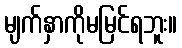
မျက်နှာကိုမမြင်ရဘူး။